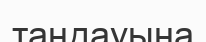
таңдауына